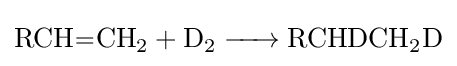
{\ce {RCH=CH2 + D2 -> RCHDCH2D}}